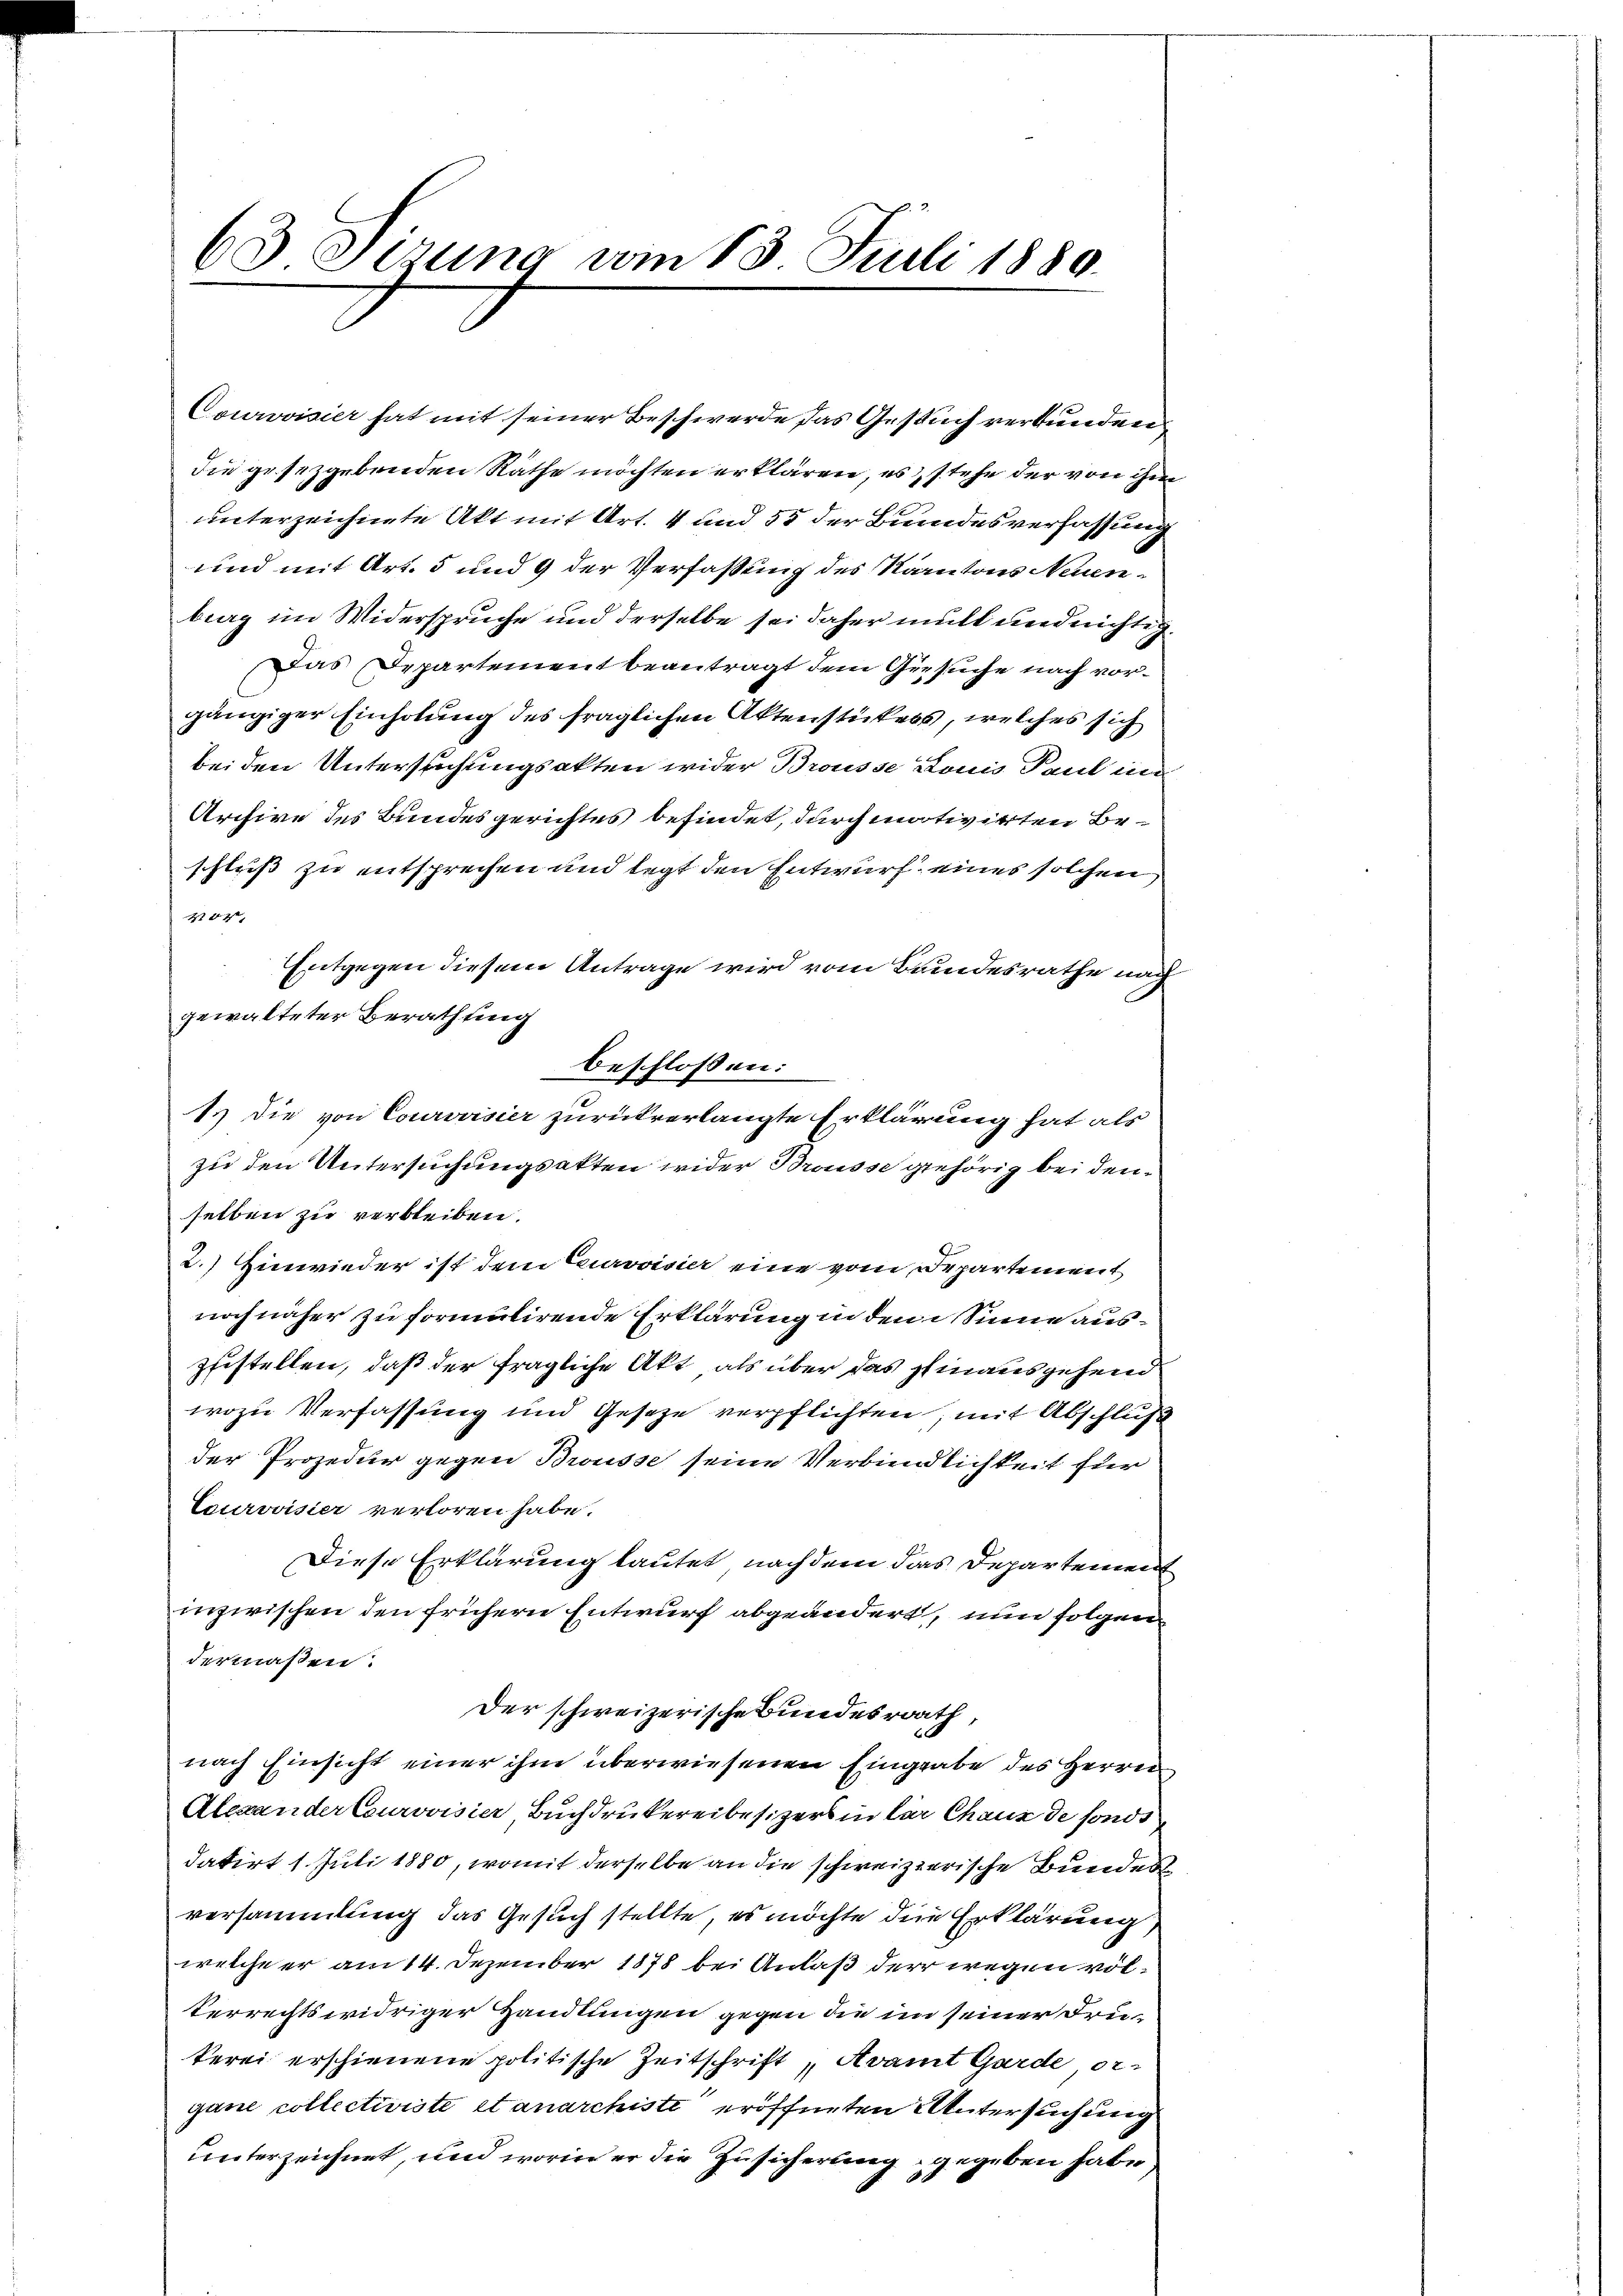
63 Serung vom 15. Juli 1880.

die gesezgebenden Räthe möchten erklären, es stehe der von ihm
unterzeichnete Akt mit Art. 4 und 55 der Bundesverfassung
und mit Art. 5 und 9 der Verfassung des Kantons Neuenberg im Widerspruche und derselbe sei daher mult und nichtig
Das Departement beantragt dem Gesuche nach vorgängiger Einholung des fraglichen Aktenstückers, welches sich
bei den Untersuchungsakten wider Brousse Louis Paul in
Archive des Bundesgerichtes befindet, durch motivirten Beschluß zu entsprechen und legt den Entwurf eines solchen
204
Entgegen diesem Antrage wird vom Bundesrathe nach
zu den Untersuchungsakten wider Brousse gehörig bei den
selben zu verbleiben.
2.) Hinwieder ist dem Curvoisier eine vom Departement
noch näher zu formutirende Erklärung in dem Sinne auszustellen, daß der fragliche Akt, als über das hinausgehend
wozu Verfassung und Gesetze verpflichten, mit Abschluß
der Prozedur gegen Brousse seine Verbindlichkeit für
Courovisier verloren habe.
Diese Erklärung lautet, nach dem das Departement
inzwischen den frühern Entwurf abgeändert, nun folgendermaßen.
Der schweizerische Bundesrath,
nach Einsicht einer ihm überwiesenen Eingrabe des Herrn
Alexander Courvoisier Buchdrukereibesizers in der Chaux de sonde
datirt 1. Juli 1880, womit derselbe an die schweizerische Bundes
versammlung das Gesuch stellte, es möchte die Erklärung
welche er am 14. Dezember 1878 bei Anlaß der wegen völterrechtswidriger Handlungen gegen die in seiner Drukerei erschienene politische Zeitschrift,Avamt Garde, or-
gane collectiviste et anarchiste eröffneten Untersuchung
unterzeichnet, und worin er die Zusicherung gegeben habe

gewalteter Berathung
beschloßen:
1. Die von Courovisier zurückverlangte Erklärung hat als

Courovisier hat mit seiner Beschwerde das Gesuch verbunden